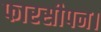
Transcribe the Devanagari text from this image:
फारसीपन।